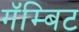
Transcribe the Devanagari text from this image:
गॅम्बिट